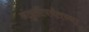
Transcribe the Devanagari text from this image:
अंतुर्लीपर्यंतच्या